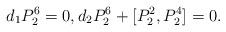
LaTeX: \begin{align*} d_1 P_2^6 =0, d_2 P_2^6 + [P_2^2, P_2^4] =0 .\end{align*}